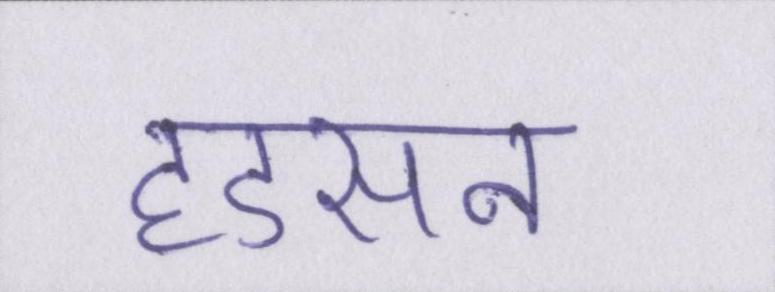
हडसन